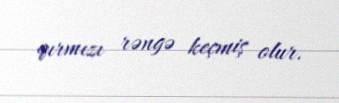
qırmızı rəngə keçmiş olur.